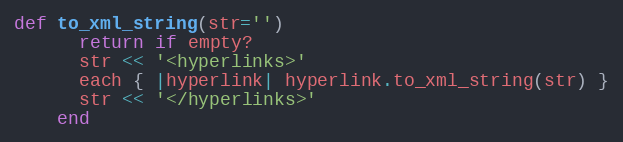
Language: Ruby
def to_xml_string(str='')
      return if empty?
      str << '<hyperlinks>'
      each { |hyperlink| hyperlink.to_xml_string(str) }
      str << '</hyperlinks>'
    end